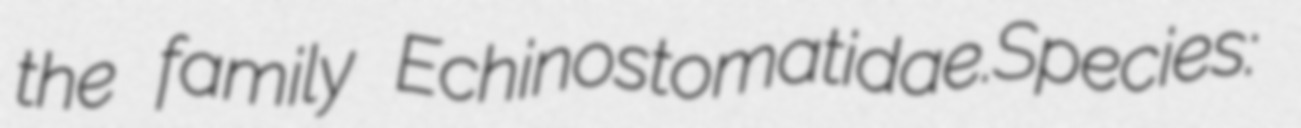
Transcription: the family Echinostomatidae.Species: